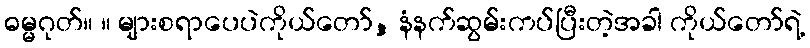
ဓမ္မဂုတ်။ ။ များစရာပေပဲကိုယ်တော်, နံနက်ဆွမ်းကပ်ပြီးတဲ့အခါ ကိုယ်တော်ရဲ့